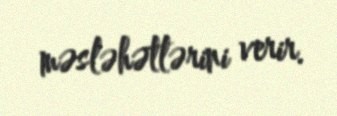
məsləhətlərini verir.